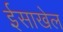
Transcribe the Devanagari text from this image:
ईसाखेल